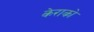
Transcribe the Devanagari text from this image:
केराको